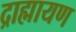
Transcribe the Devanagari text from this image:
द्राह्मायण